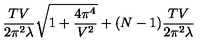
\frac { T V } { 2 \pi ^ { 2 } \lambda } \sqrt { 1 + \frac { 4 \pi ^ { 4 } } { V ^ { 2 } } } + ( N - 1 ) \frac { T V } { 2 \pi ^ { 2 } \lambda }